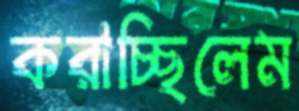
করাচ্ছিলেম